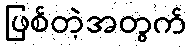
ဖြစ်တဲ့အတွက်